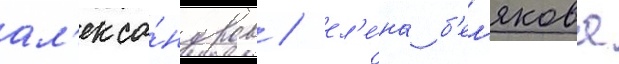
ал'екса́ндров / ел'е́на б'ел'якова